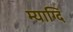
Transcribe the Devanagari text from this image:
म्याग्दि